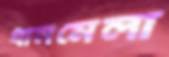
ধানমেলা